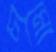
চামো